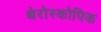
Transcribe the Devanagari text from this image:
थेरोस्कोपिक